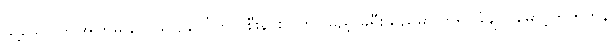
သို့သော် ဤအကြိမ် လေယာဉ်ပေါ်တွင် စီးနင်းလိုက်ပါမည့် ခရီးသည်မှာ ဘုရင်ခံချုပ် မောင့်ဘက်တန်